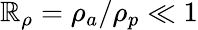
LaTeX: \mathbb{R}_{\rho}=\rho_{a}/\rho_{p}\ll1